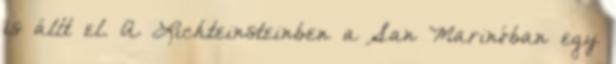
is állt el. A Lichteinsteinben a San Marinóban egy